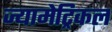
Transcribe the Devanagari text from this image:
ज्यामेट्रिकल